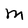
Character: M